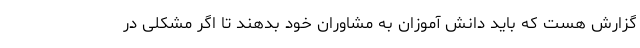
گزارش هست که باید دانش آموزان به مشاوران خود بدهند تا اگر مشکلی در